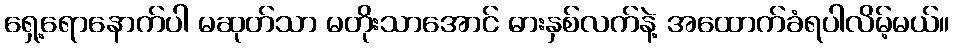
ရှေ့ရောနောက်ပါ မဆုတ်သာ မတိုးသာအောင် ဓားနှစ်လက်နဲ့ အထောက်ခံရပါလိမ့်မယ်။